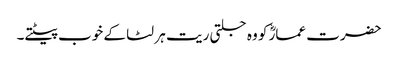
حضرت عمارؓ کو وہ جلتی ریت ہر لٹا کے خوب پیٹتے۔